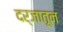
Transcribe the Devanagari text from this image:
दर्जातून